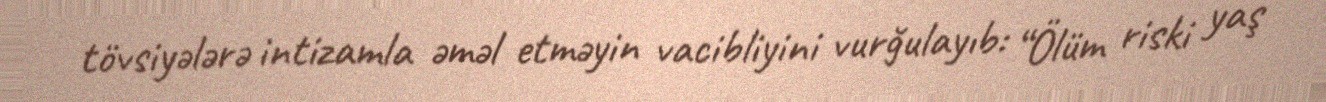
tövsiyələrə intizamla əməl etməyin vacibliyini vurğulayıb: “Ölüm riski yaş